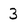
Character: 3